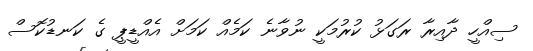
ސިއްހީ ދާއިރާ ރަގަޅު ކުރުމަކީ ނުވާނެ ކަމެއް ކަމަށް އެއްޑީޕީ ގެ ކަނޑުކޮސް